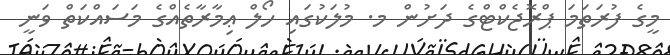
މީގެ ފުރަތަމަ ޕްރޮޖެކްޓްގެ ދަށުން މ. މުލަކުގައި ހޯލް ޢިމާރާތެއްގެ މަސައްކަތް ވަނީ